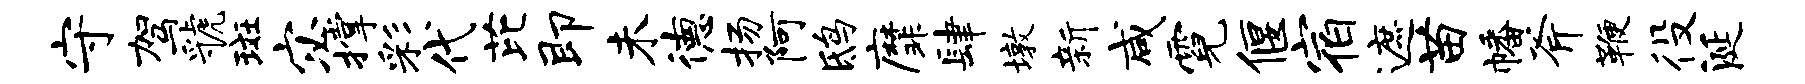
守驾虢斑宓撑彩代芘即未德扬阿鸱縻肆墩新咸霓偃宿遮苗幡斧鞭役涎